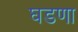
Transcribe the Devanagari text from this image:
घडणा